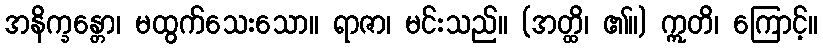
အနိက္ခန္တော၊ မထွက်သေးသော။ ရာဇာ၊ မင်းသည်။ (အတ္ထိ၊ ၏။) ဣတိ၊ ကြောင့်။